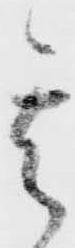
其